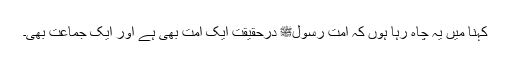
کہنا میں یہ چاہ رہا ہوں کہ اُمتِ رسولﷺ درحقیقت ایک اُمت بھی ہے اور ایک جماعت بھی۔